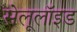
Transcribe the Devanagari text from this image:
सेलूलॉइड